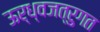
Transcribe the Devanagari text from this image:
ऊर्ध्वजत्रुगत